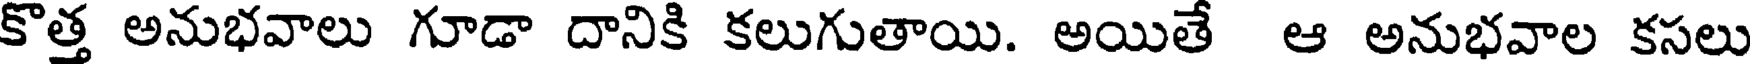
కొత్త అనుభవాలు గూడా దానికి కలుగుతాయి. అయితే ఆ అనుభవాల కసలు